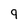
Character: 9